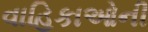
વાહિકાઓની